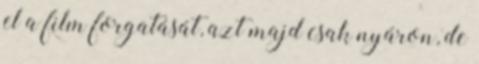
el a film forgatását, azt majd csak nyáron, de